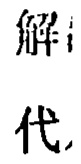
解 代